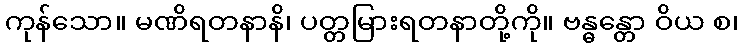
ကုန်သော။ မဏိရတနာနိ၊ ပတ္တမြားရတနာတို့ကို။ ဗန္ဓန္တော ဝိယ စ၊